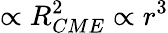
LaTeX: \propto R_{CME}^{2}\propto r^{3}